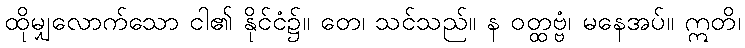
ထိုမျှလောက်သော ငါ၏ နိုင်ငံ၌။ တေ၊ သင်သည်။ န ဝတ္ထဗ္ဗံ၊ မနေအပ်။ ဣတိ၊